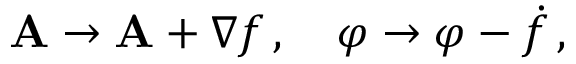
\mathbf { A } \rightarrow \mathbf { A } + \nabla f \, , \quad \varphi \rightarrow \varphi - { \dot { f } } \, ,